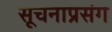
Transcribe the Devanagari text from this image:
सूचनाप्रसंग